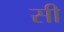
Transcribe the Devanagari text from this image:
सी